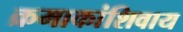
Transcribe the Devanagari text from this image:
क्रमाकांशिवाय